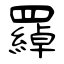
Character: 羄